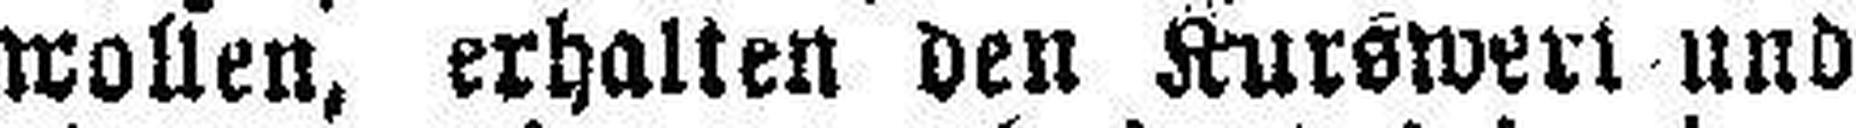
wollen, erhalten den Kurswert und